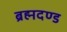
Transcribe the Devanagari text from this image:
ब्रह्मदण्ड